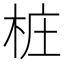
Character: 桩